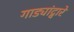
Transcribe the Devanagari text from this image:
गाड्यांद्वारे